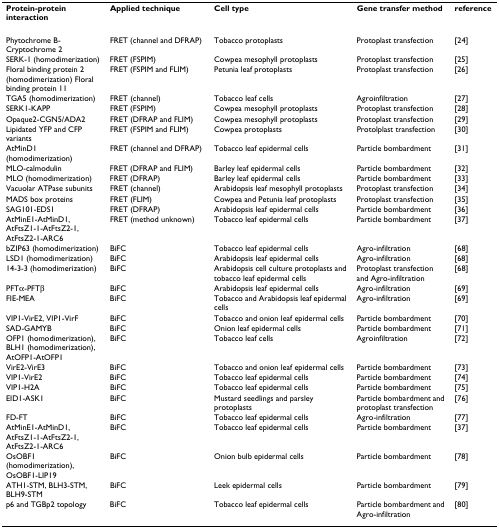
<table><thead><tr><td><b>Protein-protein interaction</b></td><td><b>Applied technique</b></td><td><b>Cell type</b></td><td><b>Gene transfer method</b></td><td><b>reference</b></td></tr></thead><tbody><tr><td>Phytochrome B-Cryptochrome 2</td><td>FRET (channel and DFRAP)</td><td>Tobacco protoplasts</td><td>Protoplast transfection</td><td>[24]</td></tr><tr><td>SERK-1 (homodimerization)</td><td>FRET (FSPIM)</td><td>Cowpea mesophyll protoplasts</td><td>Protoplast transfection</td><td>[25]</td></tr><tr><td>Floral binding protein 2 (homodimerization) Floral binding protein 11</td><td>FRET (FSPIM and FLIM)</td><td>Petunia leaf protoplasts</td><td>Protoplast transfection</td><td>[26]</td></tr><tr><td>TGA5 (homodimerization)</td><td>FRET (channel)</td><td>Tobacco leaf cells</td><td>Agroinfiltration</td><td>[27]</td></tr><tr><td>SERK1-KAPP</td><td>FRET (FSPIM)</td><td>Cowpea mesophyll protoplasts</td><td>Protoplast transfection</td><td>[28]</td></tr><tr><td>Opaque2-CGN5/ADA2</td><td>FRET (DFRAP and FLIM)</td><td>Cowpea mesophyll protoplasts</td><td>Protoplast transfection</td><td>[29]</td></tr><tr><td>Lipidated YFP and CFP variants</td><td>FRET (FSPIM and FLIM)</td><td>Cowpea protoplasts</td><td>Protolplast transfection</td><td>[30]</td></tr><tr><td>AtMinD1 (homodimerization)</td><td>FRET (channel and DFRAP)</td><td>Tobacco leaf epidermal cells</td><td>Particle bombardment</td><td>[31]</td></tr><tr><td>MLO-calmodulin</td><td>FRET (DFRAP and FLIM)</td><td>Barley leaf epidermal cells</td><td>Particle bombardment</td><td>[32]</td></tr><tr><td>MLO (homodimerization)</td><td>FRET (DFRAP)</td><td>Barley leaf epidermal cells</td><td>Particle bombardment</td><td>[33]</td></tr><tr><td>Vacuolar ATPase subunits</td><td>FRET (channel)</td><td>Arabidopsis leaf mesophyll protoplasts</td><td>Protoplast transfection</td><td>[34]</td></tr><tr><td>MADS box proteins</td><td>FRET (FLIM)</td><td>Cowpea and Petunia leaf protoplasts</td><td>Protoplast transfection</td><td>[35]</td></tr><tr><td>SAG101-EDS1</td><td>FRET (DFRAP)</td><td>Arabidopsis leaf epidermal cells</td><td>Particle bombardment</td><td>[36]</td></tr><tr><td>AtMinE1-AtMinD1, AtFtsZ1-1-AtFtsZ2-1, AtFtsZ2-1-ARC6</td><td>FRET (method unknown)</td><td>Tobacco leaf epidermal cells</td><td>Particle bombardment</td><td>[37]</td></tr><tr><td>bZIP63 (homodimerization)</td><td>BiFC</td><td>Tobacco leaf epidermal cells</td><td>Agro-infiltration</td><td>[68]</td></tr><tr><td>LSD1 (homodimerization)</td><td>BiFC</td><td>Arabidopsis leaf epidermal cells</td><td>Agro-infiltration</td><td>[68]</td></tr><tr><td>14-3-3 (homodimerization)</td><td>BiFC</td><td>Arabidopsis cell culture protoplasts and tobacco leaf epidermal cells</td><td>Protoplast transfection and Agro-infiltration</td><td>[68]</td></tr><tr><td>PFTα-PFTβ</td><td>BiFC</td><td>Arabidopsis leaf epidermal cells</td><td>Agro-infiltration</td><td>[69]</td></tr><tr><td>FIE-MEA</td><td>BiFC</td><td>Tobacco and Arabidopsis leaf epidermal cells</td><td>Agro-infiltration</td><td>[69]</td></tr><tr><td>VIP1-VirE2, VIP1-VirF</td><td>BiFC</td><td>Tobacco and onion leaf epidermal cells</td><td>Particle bombardment</td><td>[70]</td></tr><tr><td>SAD-GAMYB</td><td>BiFC</td><td>Onion leaf epidermal cells</td><td>Particle bombardment</td><td>[71]</td></tr><tr><td>OFP1 (homodimerization), BLH1 (homodimerization), AtOFP1-AtOFP1</td><td>BiFC</td><td>Tobacco leaf cells</td><td>Agroinfiltration</td><td>[72]</td></tr><tr><td>VirE2-VirE3</td><td>BiFC</td><td>Tobacco and onion leaf epidermal cells</td><td>Particle bombardment</td><td>[73]</td></tr><tr><td>VIP1-VirE2</td><td>BiFC</td><td>Tobacco leaf epidermal cells</td><td>Particle bombardment</td><td>[74]</td></tr><tr><td>VIP1-H2A</td><td>BiFC</td><td>Tobacco leaf epidermal cells</td><td>Particle bombardment</td><td>[75]</td></tr><tr><td>EID1-ASK1</td><td>BiFC</td><td>Mustard seedlings and parsley protoplasts</td><td>Particle bombardment and protoplast transfection</td><td>[76]</td></tr><tr><td>FD-FT</td><td>BiFC</td><td>Tobacco leaf epidermal cells</td><td>Agro-infiltration</td><td>[77]</td></tr><tr><td>AtMinE1-AtMinD1, AtFtsZ1-1-AtFtsZ2-1, AtFtsZ2-1-ARC6</td><td>BiFC</td><td>Tobacco leaf epidermal cells</td><td>Particle bombardment</td><td>[37]</td></tr><tr><td>OsOBF1 (homodimerization), OsOBF1-LIP19</td><td>BiFC</td><td>Onion bulb epidermal cells</td><td>Particle bombardment</td><td>[78]</td></tr><tr><td>ATH1-STM, BLH3-STM, BLH9-STM</td><td>BiFC</td><td>Leek epidermal cells</td><td>Particle bombardment</td><td>[79]</td></tr><tr><td>p6 and TGBp2 topology</td><td>BiFC</td><td>Tobacco leaf epidermal cells</td><td>Particle bombardment and Agro-infiltration</td><td>[80]</td></tr></tbody></table>